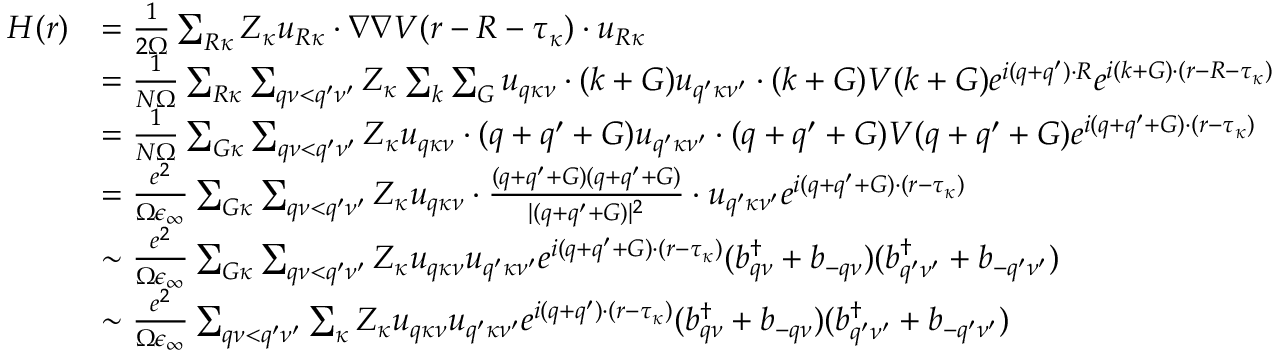
\begin{array} { r l } { H ( \boldsymbol { r } ) } & { = \frac { 1 } { 2 \Omega } \sum _ { \boldsymbol { R } \kappa } Z _ { \kappa } \boldsymbol { u } _ { \boldsymbol { R } \kappa } \cdot \nabla \nabla V ( \boldsymbol { r } - \boldsymbol { R } - \boldsymbol { \tau } _ { \kappa } ) \cdot \boldsymbol { u } _ { \boldsymbol { R } \kappa } } \\ & { = \frac { 1 } { N \Omega } \sum _ { \boldsymbol { R } \kappa } \sum _ { \boldsymbol { q } \nu < \boldsymbol { q } ^ { \prime } \nu ^ { \prime } } Z _ { \kappa } \sum _ { \boldsymbol { k } } \sum _ { \boldsymbol { G } } \boldsymbol { u } _ { \boldsymbol { q } \kappa \nu } \cdot ( \boldsymbol { k } + \boldsymbol { G } ) \boldsymbol { u } _ { \boldsymbol { q } ^ { \prime } \kappa \nu ^ { \prime } } \cdot ( \boldsymbol { k } + \boldsymbol { G } ) V ( \boldsymbol { k } + \boldsymbol { G ) } e ^ { i ( \boldsymbol { q } + \boldsymbol { q } ^ { \prime } ) \cdot \boldsymbol { R } } e ^ { i ( \boldsymbol { k } + \boldsymbol { G } ) \cdot ( \boldsymbol { r } - \boldsymbol { R } - \boldsymbol { \tau } _ { \kappa } ) } } \\ & { = \frac { 1 } { N \Omega } \sum _ { \boldsymbol { G } \kappa } \sum _ { \boldsymbol { q } \nu < \boldsymbol { q } ^ { \prime } \nu ^ { \prime } } Z _ { \kappa } \boldsymbol { u } _ { \boldsymbol { q } \kappa \nu } \cdot ( \boldsymbol { q } + \boldsymbol { q } ^ { \prime } + \boldsymbol { G } ) \boldsymbol { u } _ { \boldsymbol { q } ^ { \prime } \kappa \nu ^ { \prime } } \cdot ( \boldsymbol { q } + \boldsymbol { q } ^ { \prime } + \boldsymbol { G } ) V ( \boldsymbol { q } + \boldsymbol { q } ^ { \prime } + \boldsymbol { G } ) e ^ { i ( \boldsymbol { q } + \boldsymbol { q } ^ { \prime } + \boldsymbol { G } ) \cdot ( \boldsymbol { r } - \boldsymbol { \tau } _ { \kappa } ) } } \\ & { = \frac { e ^ { 2 } } { \Omega \epsilon _ { \infty } } \sum _ { \boldsymbol { G } \kappa } \sum _ { \boldsymbol { q } \nu < \boldsymbol { q } ^ { \prime } \nu ^ { \prime } } Z _ { \kappa } \boldsymbol { u } _ { \boldsymbol { q } \kappa \nu } \cdot \frac { ( \boldsymbol { q } + \boldsymbol { q } ^ { \prime } + \boldsymbol { G } ) ( \boldsymbol { q } + \boldsymbol { q } ^ { \prime } + \boldsymbol { G } ) } { | ( \boldsymbol { q } + \boldsymbol { q } ^ { \prime } + \boldsymbol { G } ) | ^ { 2 } } \cdot \boldsymbol { u } _ { \boldsymbol { q } ^ { \prime } \kappa \nu ^ { \prime } } e ^ { i ( \boldsymbol { q } + \boldsymbol { q } ^ { \prime } + \boldsymbol { G } ) \cdot ( \boldsymbol { r } - \boldsymbol { \tau } _ { \kappa } ) } } \\ & { \sim \frac { e ^ { 2 } } { \Omega \epsilon _ { \infty } } \sum _ { \boldsymbol { G } \kappa } \sum _ { \boldsymbol { q } \nu < \boldsymbol { q } ^ { \prime } \nu ^ { \prime } } Z _ { \kappa } u _ { \boldsymbol { q } \kappa \nu } u _ { \boldsymbol { q } ^ { \prime } \kappa \nu ^ { \prime } } e ^ { i ( \boldsymbol { q } + \boldsymbol { q } ^ { \prime } + \boldsymbol { G } ) \cdot ( \boldsymbol { r } - \boldsymbol { \tau } _ { \kappa } ) } ( b _ { \boldsymbol { q } \nu } ^ { \dagger } + b _ { \boldsymbol { - q } \nu } ) ( b _ { \boldsymbol { q } ^ { \prime } \nu ^ { \prime } } ^ { \dagger } + b _ { \boldsymbol { - q } ^ { \prime } \nu ^ { \prime } } ) } \\ & { \sim \frac { e ^ { 2 } } { \Omega \epsilon _ { \infty } } \sum _ { \boldsymbol { q } \nu < \boldsymbol { q } ^ { \prime } \nu ^ { \prime } } \sum _ { \kappa } Z _ { \kappa } u _ { \boldsymbol { q } \kappa \nu } u _ { \boldsymbol { q } ^ { \prime } \kappa \nu ^ { \prime } } e ^ { i ( \boldsymbol { q } + \boldsymbol { q } ^ { \prime } ) \cdot ( \boldsymbol { r } - \boldsymbol { \tau } _ { \kappa } ) } ( b _ { \boldsymbol { q } \nu } ^ { \dagger } + b _ { \boldsymbol { - q } \nu } ) ( b _ { \boldsymbol { q } ^ { \prime } \nu ^ { \prime } } ^ { \dagger } + b _ { \boldsymbol { - q } ^ { \prime } \nu ^ { \prime } } ) } \end{array}